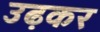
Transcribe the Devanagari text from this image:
उढ़कर